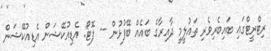
ރިޓްރީޓްގައި ބައިބެރިވެރި ތައުލީމީ ދާއިރާގެ ބައެއް ބޭފުޅުން -- ފޮޓޯ: އެޑިއުކޭޝަން އެޑިއުކޭޝަން